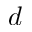
d